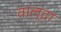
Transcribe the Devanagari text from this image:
वाल्दा